Philaematomyia insignis, Austen - Number 54
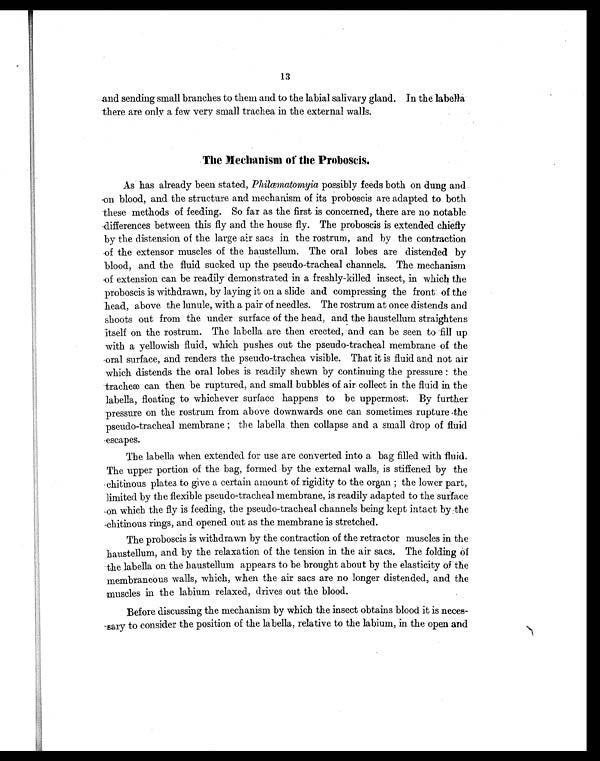
13
and sending small branches to them and to the labial salivary gland. In the labella
there are only a few very small trachea in the external walls.
The Mechanism of the Proboscis.
As has already been stated, Phi l œmat omyi ap o s s i b l y f e e d s b o t h o n d u n g a n d
on blood, and the structure and mechanism of its proboscis are adapted to both
these methods of feeding. So far as the first is concerned, there are no notable
differences between this fly and the house fly. The proboscis is extended chiefly
by the distension of the large air sacs in the rostrum, and by the contraction
of the extensor muscles of the haustellum. The oral lobes are distended by
blood, and the fluid sucked up the pseudo-tracheal channels. The mechanism
of extension can be readily demonstrated in a freshly-killed insect, in which the
proboscis is withdrawn, by laying it on a slide and compressing the front of the
head, above the lunule, with a pair of needles. The rostrum at once distends and
shoots out from the under surface of the head, and the haustellum straightens
itself on the rostrum. The labella are then erected, and can be seen to fill up
with a yellowish fluid, which pushes out the pseudo-tracheal membrane of the
oral surface, and renders the pseudo-trachea visible. That it is fluid and not air
which distends the oral lobes is readily shewn by continuing the pressure: the
tracheæ can then be ruptured, and small bubbles of air collect in the fluid in the
labella, floating to whichever surface happens to be uppermost. By further
pressure on the rostrum from above downwards one can sometimes rupture the
pseudo-tracheal membrane; the l abel l a then col l apse and a smal l drop of fl ui d
escapes.
The labella when extended for use are converted into a bag filled with fluid.
The upper portion of the bag, formed by the external walls, is stiffened by the
chitinous plates to give a certain amount of rigidity to the organ; the lower part,
limited by the flexible pseudo-tracheal membrane, is readily adapted to the surface
on which the fly is feeding, the pseudo-tracheal channels being kept intact by:the
chitinous rings, and opened out as the membrane is stretched.
The proboscis is withdrawn by the contraction of the retractor muscles in the
haustellum, and by the relaxation of the tension in the air sacs. The folding of
the labella on the haustellum appears to be brought about by the elasticity of the
membraneous walls, which, when the air sacs are no longer distended, and the
muscles in the labium relaxed, drives out the blood.
Before discussing the mechanism by which the insect obtains blood it is neces
-sary to consider the position of the labella, relative to the labium, in the open and